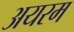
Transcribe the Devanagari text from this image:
अयरम